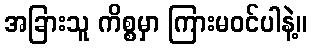
အခြားသူ ကိစ္စမှာ ကြားမဝင်ပါနဲ့။